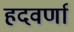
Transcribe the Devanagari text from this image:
हदवर्णा